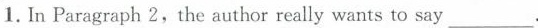
1.In Paragraph 2, the author really wants to say ___.